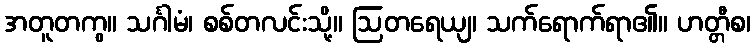
အတူတကွ။ သင်္ဂါမံ၊ စစ်တလင်းသို့။ ဩတရေယျ၊ သက်ရောက်ရာ၏။ ဟတ္တီစ၊